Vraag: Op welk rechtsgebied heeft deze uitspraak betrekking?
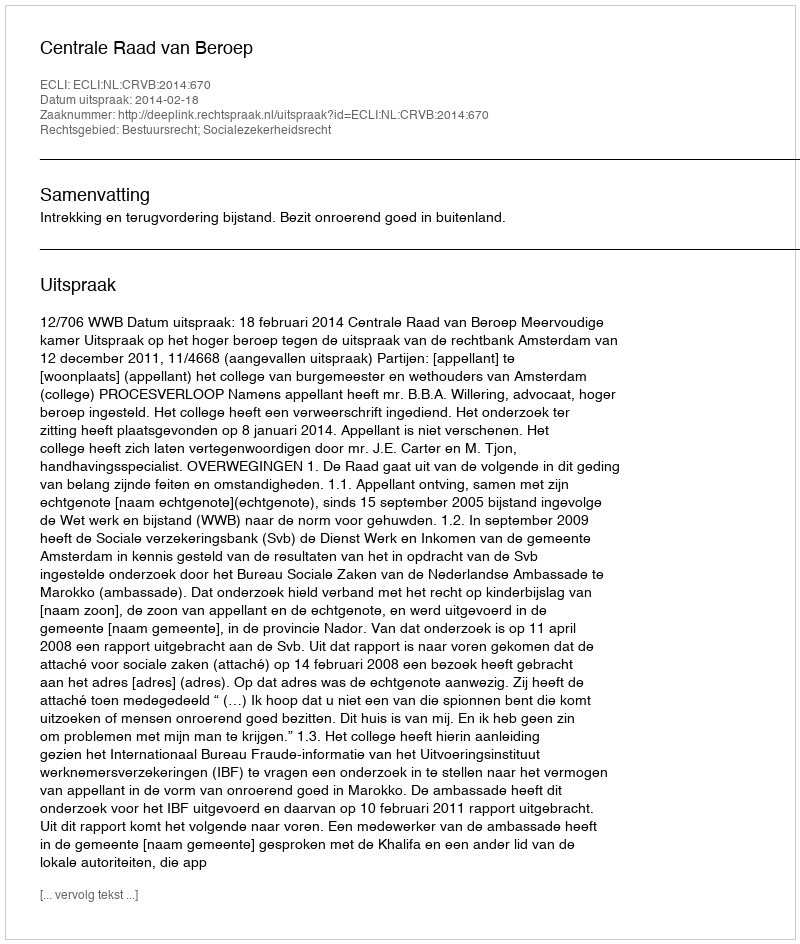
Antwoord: Bestuursrecht; Socialezekerheidsrecht